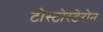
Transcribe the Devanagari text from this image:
टोस्टोस्टेरोन